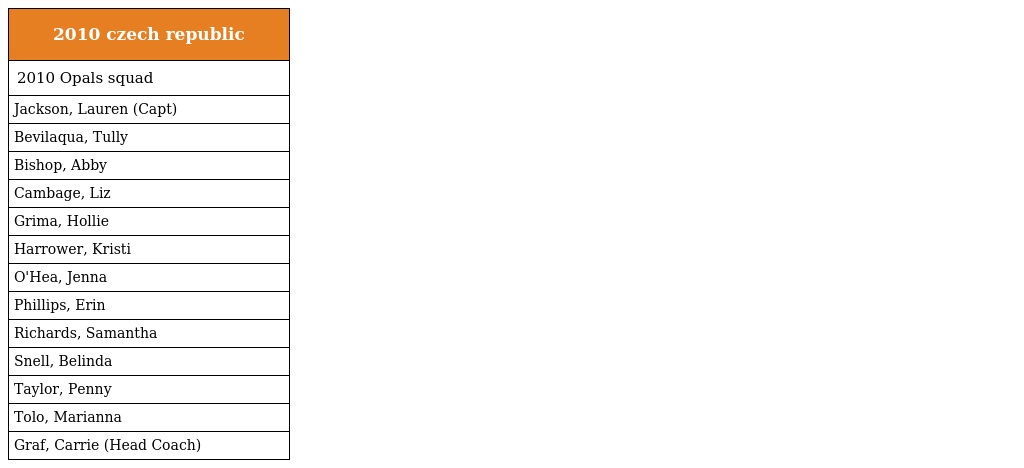
| 2010 czech republic |
 | --- |
 | 2010 Opals squad |
 | Jackson, Lauren (Capt) |
 | Bevilaqua, Tully |
 | Bishop, Abby |
 | Cambage, Liz |
 | Grima, Hollie |
 | Harrower, Kristi |
 | O'Hea, Jenna |
 | Phillips, Erin |
 | Richards, Samantha |
 | Snell, Belinda |
 | Taylor, Penny |
 | Tolo, Marianna |
 | Graf, Carrie (Head Coach) |